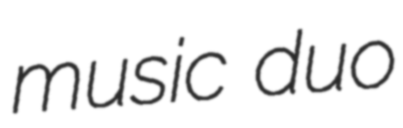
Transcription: music duo